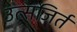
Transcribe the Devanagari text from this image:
उत्सजिर्त